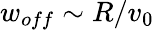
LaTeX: w_{off}\sim R/v_{0}